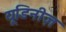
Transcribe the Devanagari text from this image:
यूडिनीज़